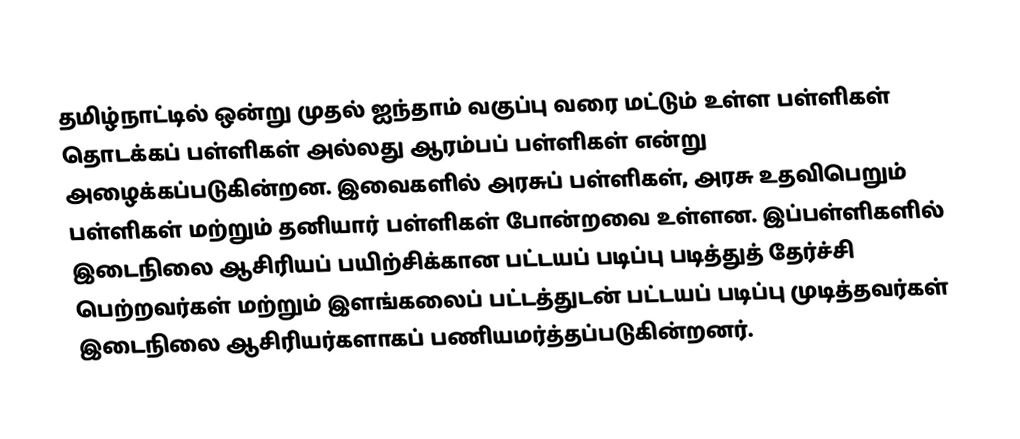
தமிழ்நாட்டில் ஒன்று முதல் ஐந்தாம் வகுப்பு வரை மட்டும் உள்ள பள்ளிகள் தொடக்கப் பள்ளிகள் அல்லது ஆரம்பப் பள்ளிகள் என்று அழைக்கப்படுகின்றன. இவைகளில் அரசுப் பள்ளிகள், அரசு உதவிபெறும் பள்ளிகள் மற்றும் தனியார் பள்ளிகள் போன்றவை உள்ளன. இப்பள்ளிகளில் இடைநிலை ஆசிரியப் பயிற்சிக்கான பட்டயப் படிப்பு படித்துத் தேர்ச்சி பெற்றவர்கள் மற்றும் இளங்கலைப் பட்டத்துடன் பட்டயப் படிப்பு முடித்தவர்கள் இடைநிலை ஆசிரியர்களாகப் பணியமர்த்தப்படுகின்றனர்.